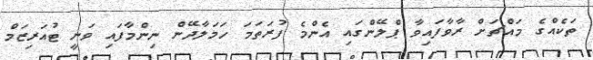
ތަކެއްގެ މައްޗަށް ރާވާފައިވާ ޕްލޭންގައި އެންމެ ފުރަތަމަ ހަމަލާދޭން ނިންމާފައި ވަނީ ޓުއަރިޒަމް